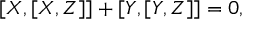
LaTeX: [ X , [ X , Z ] ] + [ Y , [ Y , Z ] ] = 0 ,